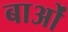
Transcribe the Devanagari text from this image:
बाओं